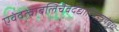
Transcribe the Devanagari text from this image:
एवंदत्वाबलिंचैवदद्यात्पिंडत्रयंबुधः